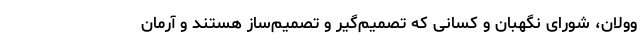
وولان، شورای نگهبان و کسانی که تصمیم‌گیر و تصمیم‌ساز هستند و آرمان